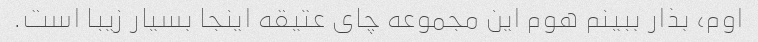
اوم، بذار ببینم هوم این مجموعه چای عتیقه اینجا بسیار زیبا است.